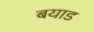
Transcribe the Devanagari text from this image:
बयाड